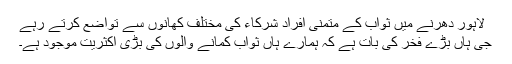
لاہور دھرنے میں ثواب کے متمنی افراد شرکاء کی مختلف کھانوں سے تواضع کرتے رہے
جی ہاں بڑے فخر کی بات ہے کہ ہمارے ہاں ثواب کمانے والوں کی بڑی اکثریت موجود ہے۔